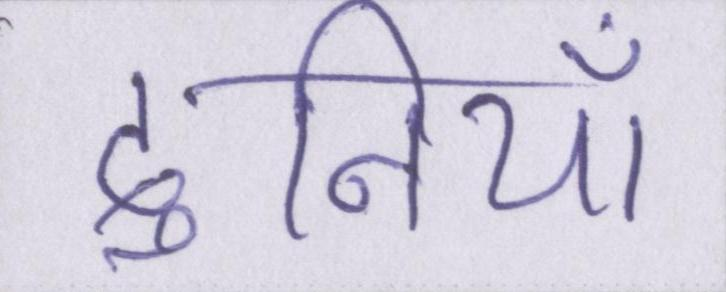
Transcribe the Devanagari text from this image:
दुनियाँ